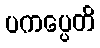
ပကပ္ပေတိ